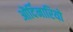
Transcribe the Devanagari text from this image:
ऒर्दिनारियो